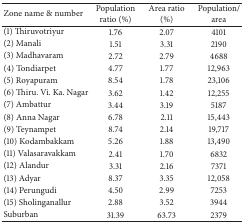
| Zone name & number | Population ratio (%) | Area ratio (%) | Population/area |
 | --- | --- | --- | --- |
 | (1) Thiruvotriyur | 1.76 | 2.07 | 4101 |
 | (2) Manali | 1.51 | 3.31 | 2190 |
 | (3) Madhavaram | 2.72 | 2.79 | 4688 |
 | (4) Tondiarpet | 4.77 | 1.77 | 12,963 |
 | (5) Royapuram | 8.54 | 1.78 | 23,106 |
 | (6) Thiru. Vi. Ka. Nagar | 3.62 | 1.42 | 12,255 |
 | (7) Ambattur | 3.44 | 3.19 | 5187 |
 | (8) Anna Nagar | 6.78 | 2.11 | 15,443 |
 | (9) Teynampet | 8.74 | 2.14 | 19,717 |
 | (10) Kodambakkam | 5.26 | 1.88 | 13,490 |
 | (11) Valasaravakkam | 2.41 | 1.70 | 6832 |
 | (12) Alandur | 3.31 | 2.16 | 7371 |
 | (13) Adyar | 8.37 | 3.35 | 12,058 |
 | (14) Perungudi | 4.50 | 2.99 | 7253 |
 | (15) Sholinganallur | 2.88 | 3.52 | 3944 |
 | Suburban | 31.39 | 63.73 | 2379 |